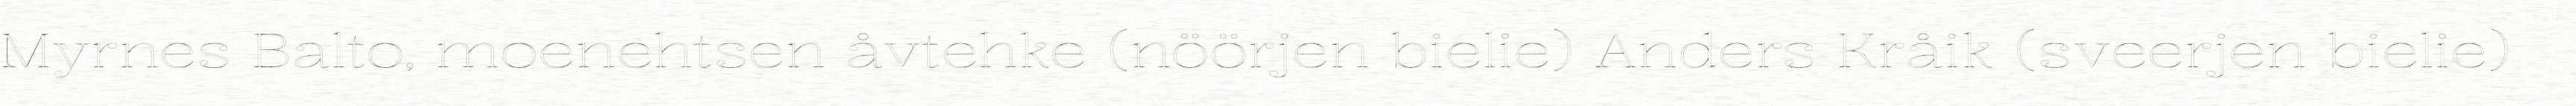
Myrnes Balto, moenehtsen åvtehke (nöörjen bielie) Anders Kråik (sveerjen bielie)